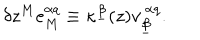
LaTeX: \delta z ^ { M } e _ { M } ^ { \alpha q } \equiv \kappa ^ { \underline { { \beta } } } ( z ) v _ { \underline { { \beta } } } ^ { ~ \alpha q } .